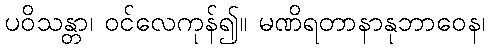
ပဝိသန္တာ၊ ဝင်လေကုန်၍။ မဏိရတာနာနုဘာဝေန၊